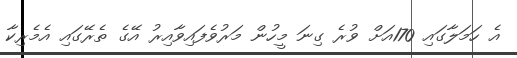
އެ ހަމަލާގައި 170އަށް ވުރެ ގިނަ މީހުން މަރުވެފައިވާއިރު އޭގެ ތެރޭގައި އެމެރިކާ